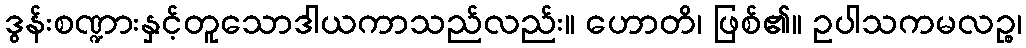
ဒွန်းစဏ္ဍားနှင့်တူသောဒါယကာသည်လည်း။ ဟောတိ၊ ဖြစ်၏။ ဥပါသကမလဉ္စ၊